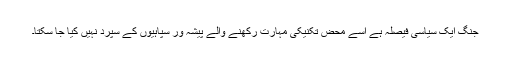
جنگ ایک سیاسی فیصلہ ہے اسے محض تکنیکی مہارت رکھنے والے پیشہ ور سپاہیوں کے سپرد نہیں کیا جا سکتا۔